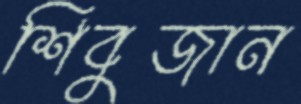
শিবুজান